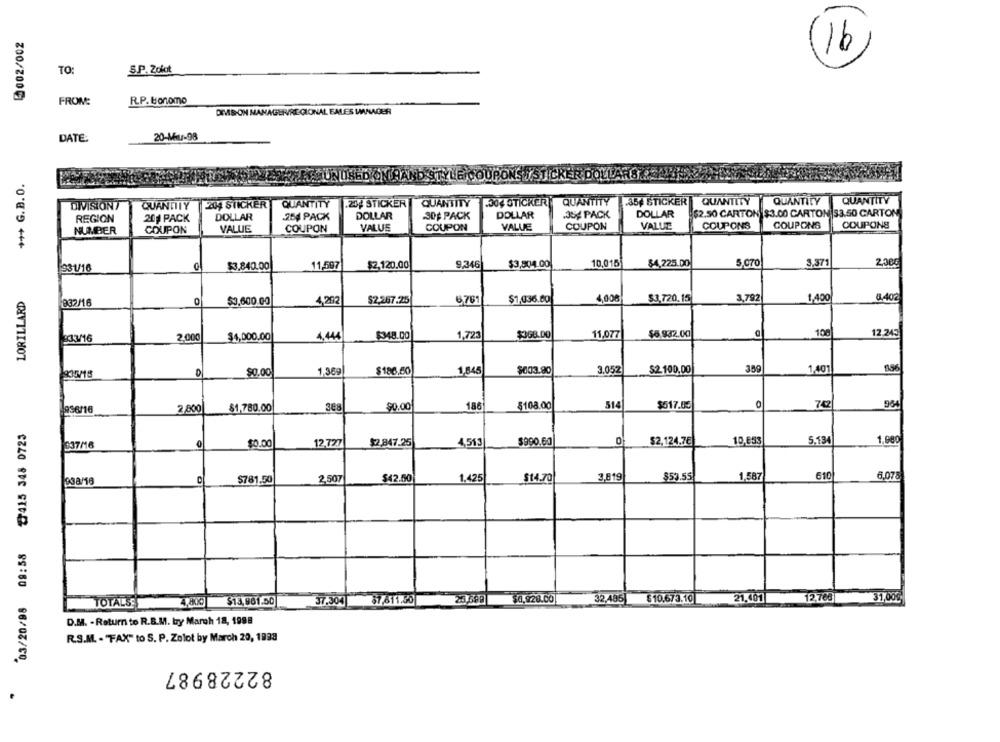
5002/002
(16
TO:
S.P. Zolot
FROM:
R.P. bonomo
DMSON MANAGER/REGIONAL SALES MANAGER
DATE:
20-MAL-98
+++ G.B.O.
.304 STICKER
.35€ STICKER
QUANTITY
QUANTITY
QUANTITY
DIVISIONY
QUANTITY
204 STICKER
QUANTITY
204 STICKER
QUANTITY
QUANTITY
254 PACK
DOLLAR
-30₺ PACK
DOLLAR
.35g PACK
DOLLAR
($2.50 CARTON $3.00 CARTON $3.50 CARTON
REGION
201 PACK
DOLLAR
NUMBER
COUPON
VALUE
COUPON
VALUE
COUPON
VALUE
COUPON
VALUE
COUPONS
COUPONS
COUPONS
33216
$3.840.00
11,597
$2,120.00
9,346
$3,504.00
10,015
$4,225.00
5,070
3.371
2,08€
LORILLARD
4,00€
3,792
1,400
6.402
332/16
$3,600.00
4.202
$2,267.25
6761
$1,036.80
$3,720.15
$3G8.DO
$6.932.00
108
12.245
33/16
2.000
$4,000.00
4,444
$348.00
1,723
11,077
1,389
$186.60
1,845
$003.90
3.052
$2.100,00
359
1,401
856
305/18
$0.00
2,800
$1,780.00
90.00
186
$108.00
514
$517.05
742
954
956/16
03/20/98 09:58 ₸7415 348 0723
337/16
$0.00
12,727
$2.847.25
4,513
$990.60
$2,124.76
10,853
5.134
1,980
610
6.078
C
$781.50
2,507
$42.50
1.425
$14.70
3.619
$53.55
1,58
4,800
$13,981.50
37.304
$7,811.50
32,485|
610.673.10
21,401
12,788
31,00€
TOTALS:
D.M. - Return to R.S.M. by March 18, 1998
R.S.M. - FAX" to S. P. Zolot by March 29, 1933
82228987